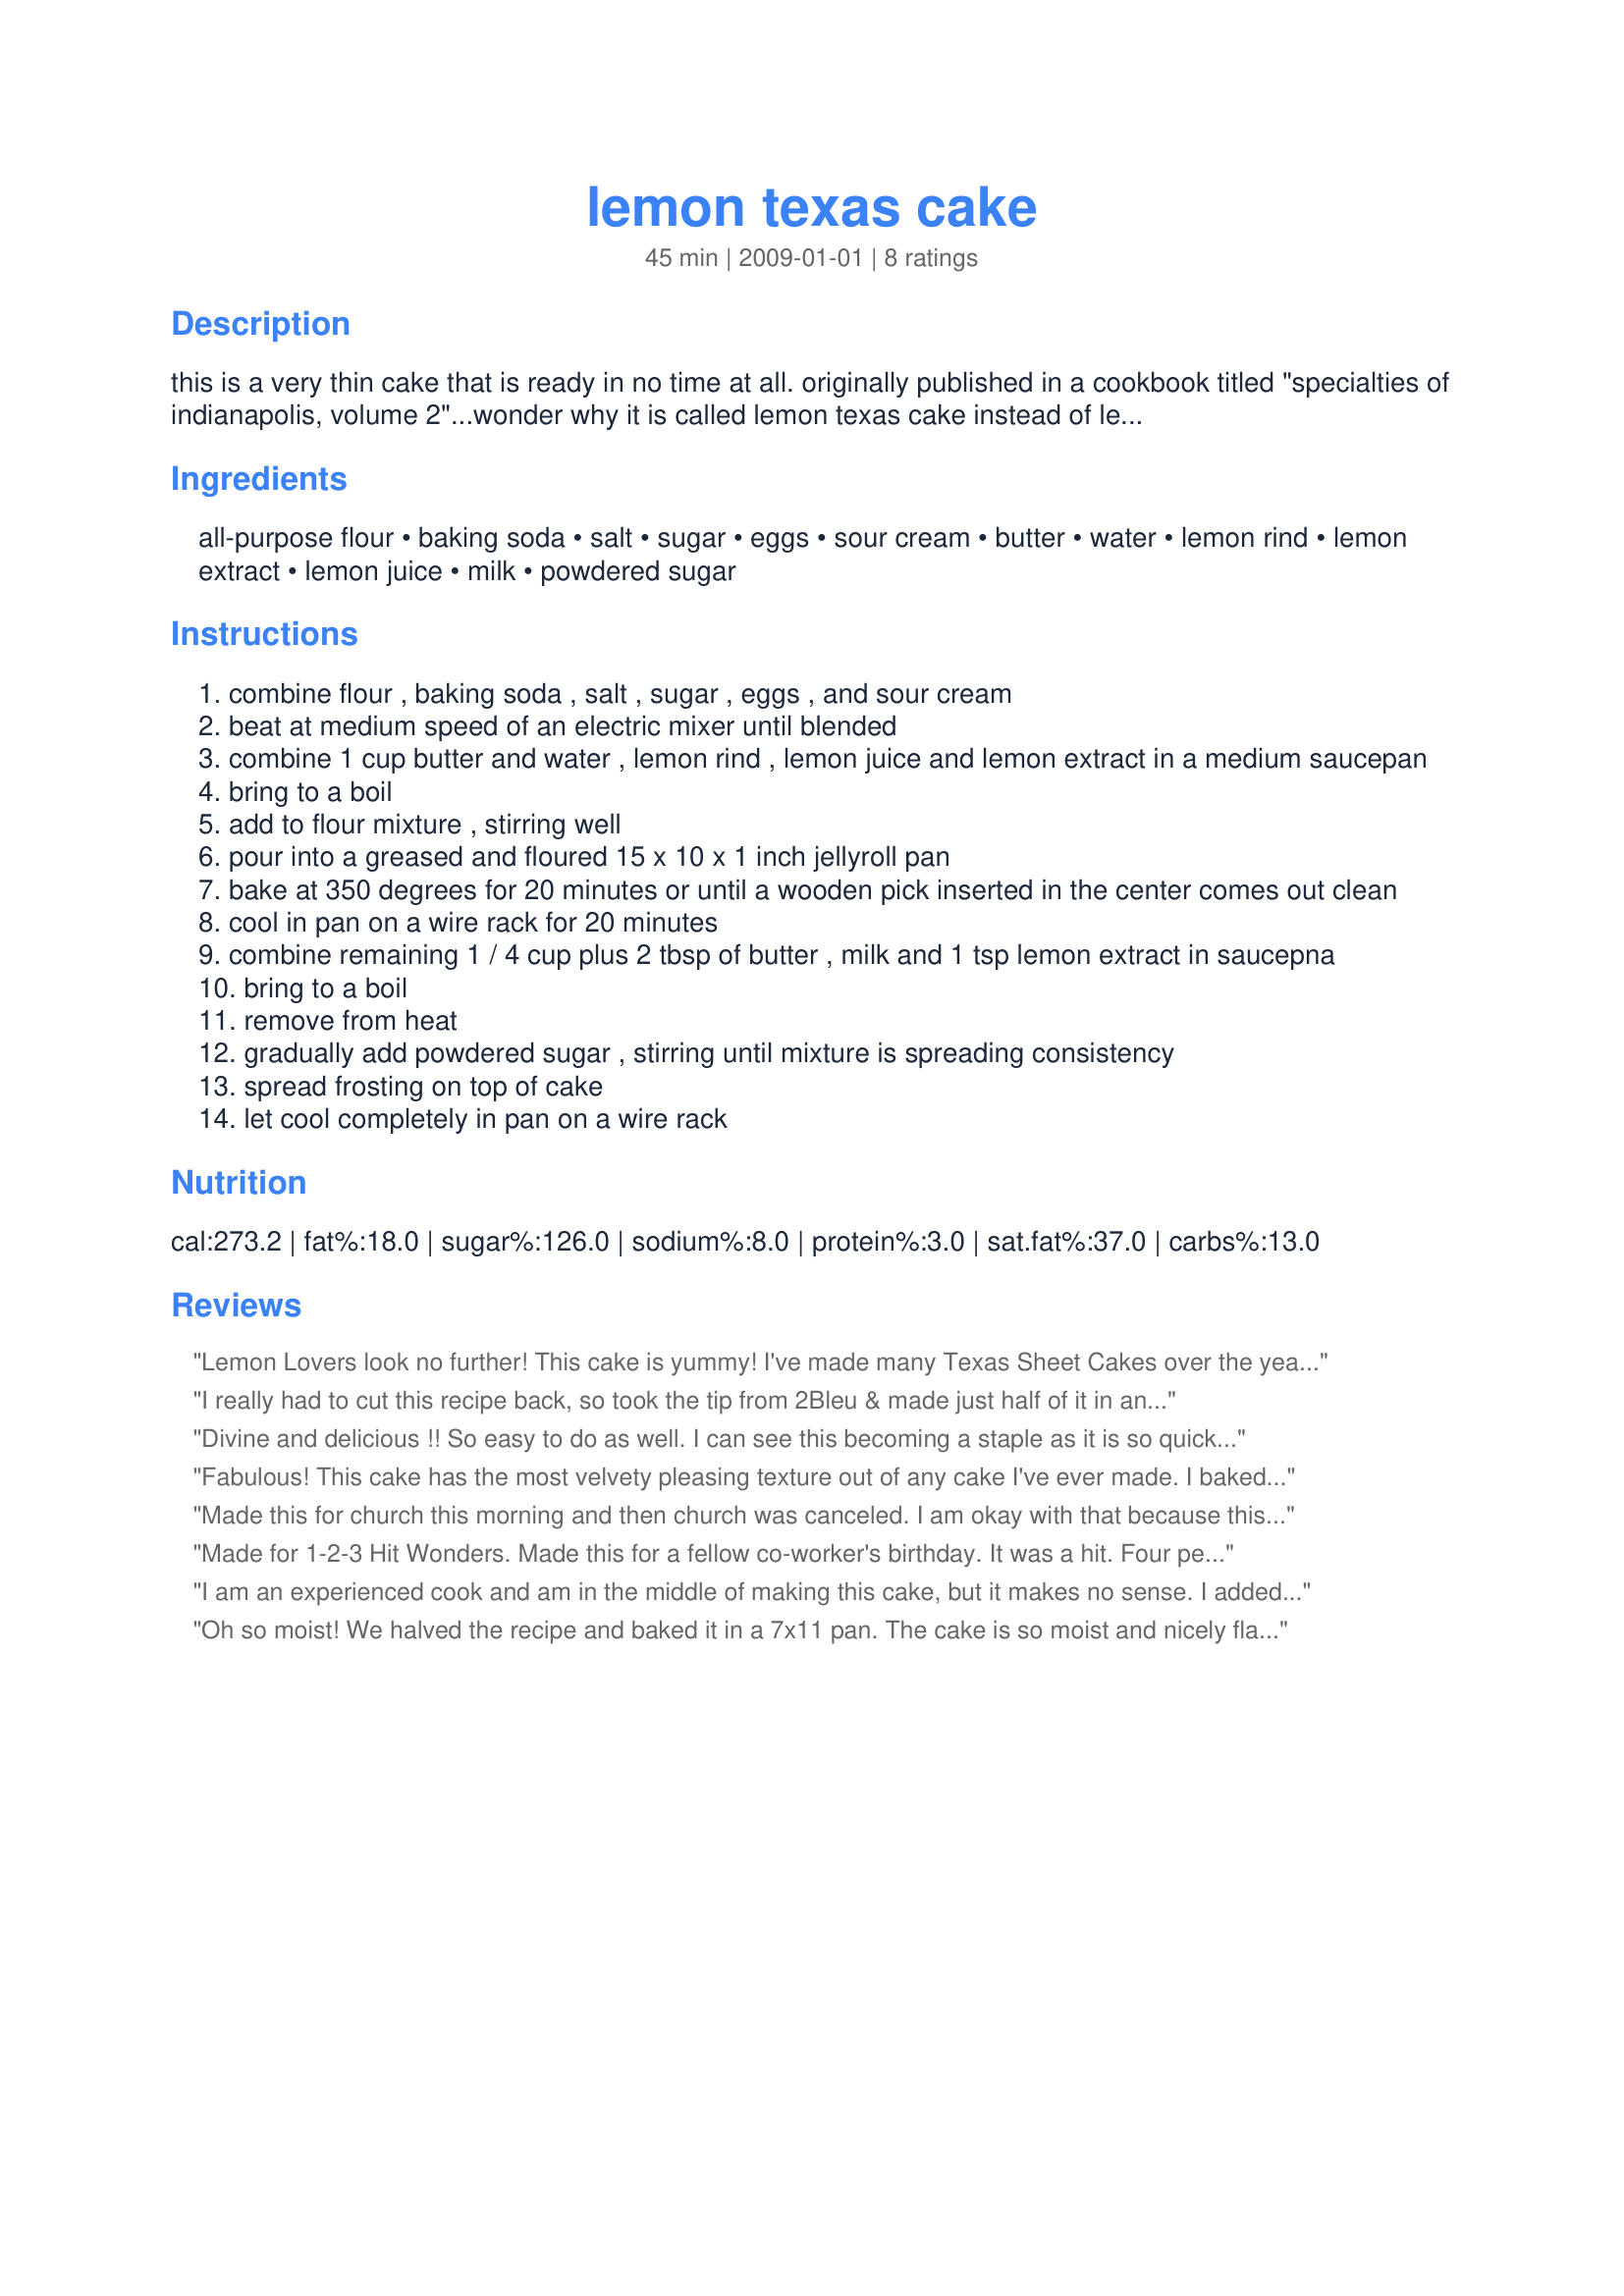
lemon texas cake
Preparation time: 45 minutes

this is a very thin cake that is ready in no time at all. originally published in a cookbook titled "specialties of indianapolis, volume 2"...wonder why it is called lemon texas cake instead of lemon indiana cake? regardless, it is a good lemon cake.

Ingredients:
all-purpose flour, baking soda, salt, sugar, eggs, sour cream, butter, water, lemon rind, lemon extract, lemon juice, milk, powdered sugar

Steps:
combine flour , baking soda , salt , sugar , eggs , and sour cream
beat at medium speed of an electric mixer until blended
combine 1 cup butter and water , lemon rind , lemon juice and lemon extract in a medium saucepan
bring to a boil
add to flour mixture , stirring well
pour into a greased and floured 15 x 10 x 1 inch jellyroll pan
bake at 350 degrees for 20 minutes or until a wooden pick inserted in the center comes out clean
cool in pan on a wire rack for 20 minutes
combine remaining 1 / 4 cup plus 2 tbsp of butter , milk and 1 tsp lemon extract in saucepna
bring to a boil
remove from heat
gradually add powdered sugar , stirring until mixture is spreading consistency
spread frosting on top of cake
let cool completely in pan on a wire rack

Reviews:
Lemon Lovers look no further! This cake is yummy! I've made many Texas Sheet Cakes over the years and this one was true to its name because it went together quickly, was thin, moist, intensley flavorful and made a cake big enough to feed everyone in the state of Texas ;) It would be perfect for a potluck. I'll keep this in my TNT file. Thanks breezermom.
I really had to cut this recipe back, so took the tip from 2Bleu & made just half of it in an 11"x7" baking dish! My sweet tooth was really in high gear with this cake, 'cause I THOROUGHLY ENJOYED EVERY BITE OF IT! Absolutely loved the lemony flavor throughout (but then I was very generous with the lemon zest) & will certainly be making it again! [Made & reviewed in Zaar Stars tag]
Divine and delicious !! So easy to do as well. I can see this becoming a staple as it is so quick to whip up and I always have lemons from my trees waiting to be used !!
Fabulous! This cake has the most velvety pleasing texture out of any cake I've ever made. I baked it in a large jellyroll pan as directed so it's ends up being a huge thin sheet cake. I wouldn't say it was super lemony but was light and sweet. The Icing was very sweet but wasn't so bad spread so thin across the large surface. I think blueberries would be the perfect addition to this. It would be lovely for a baby shower. Made for 1-2-3 hit wonders.
Made this for church this morning and then church was canceled. I am okay with that because this is so yummy I don't want to share. I followed the recipe exactly, except took 2bleus advice and left off the glaze. Thanks for a yummy treat.
Made for 1-2-3 Hit Wonders. Made this for a fellow co-worker's birthday. It was a hit. Four people asked for the recipe and I was glad to share it. This is a very moist flavorful cake. The only thing that I had an issue with was the frosting. When I was mixing the frosting, it appeared to be a little too thin so I added an additional 1/2 cup of powdered sugar - big mistake - I should have left well enough alone - it was very difficult to spread what I had over the cake - so I rescued it with another layer of frosting (not made according to these directions) and it was just fine. Also, I was able to successfully make this gluten free by substituting 2/3 cup brown rice flour, 2/3 cup cornstarch, and 2/3 cup tapioca starch and adding 1 tsp xanthan gum. Thanks for posting this wonderful recipe, breezermom!
I am an experienced cook and am in the middle of making this cake, but it makes no sense. I added the first set of ingredients in the mixer, and did the second set in a saucepan. The water (in the ingredients) is split up. I added 2 tablespoons in the mixture in saucepan, but where does the other 3/4 cups of water go? All the instructions said was to add water. so do I add 3/4 cups of water and 2 tablespoons? The same is true of the milk - recipe calls for 1/2 cup and two teaspoons of milk (listed separately). The directions just say &quot;add milk&quot; for the frosting directions. So do I add 1/2 cup AND two teaspoons to the frosting mixture? If all of the water goes in the batter and all of the milk goes in the frosting, they shouldn't be listed as separate ingredients. Can you please explain? Thank you.
Oh so moist! We halved the recipe and baked it in a 7x11 pan. The cake is so moist and nicely flavored but the icing was just a bit too sweet for our tastes. We still gave it 5 stars though, because the cake is fantastic. Next time we will simply dust it with a little powdered sugar and lemon peel. Thanks for posting such a wonderful treat. :)
